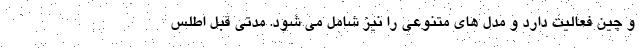
و چین فعالیت دارد و مدل های متنوعی را نیز شامل می شود. مدتی قبل اطلس